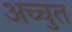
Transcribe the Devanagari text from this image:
अच्चुत